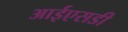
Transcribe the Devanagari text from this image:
आईएसडी